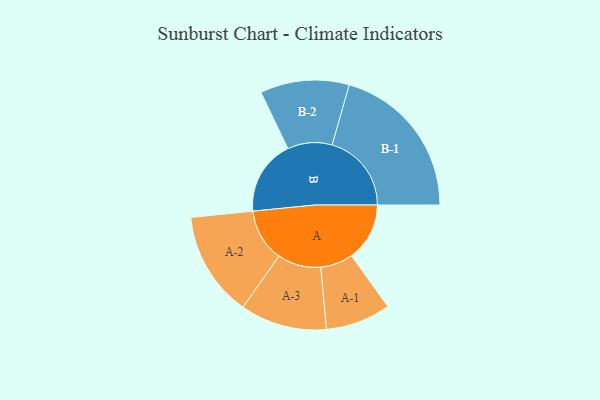
{"axis": {"x": "Segment", "y": "Value"}, "legend": ["", "A", "B"], "data": [{"x": "A", "y": 200, "type": ""}, {"x": "B", "y": 258, "type": ""}, {"x": "A-1", "y": 112, "type": "A"}, {"x": "A-2", "y": 181, "type": "A"}, {"x": "A-3", "y": 149, "type": "A"}, {"x": "B-1", "y": 273, "type": "B"}, {"x": "B-2", "y": 153, "type": "B"}]}